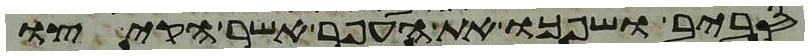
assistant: סביב ושפכו את העפר אשר הקיצו